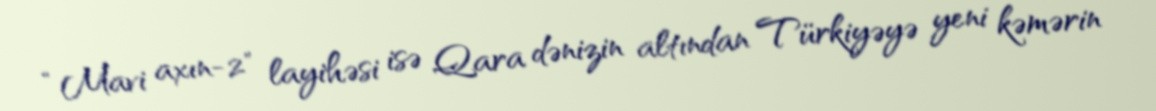
“Mavi axın-2" layihəsi isə Qara dənizin altından Türkiyəyə yeni kəmərin